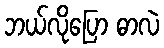
ဘယ်လိုပြော ဓာလဲ